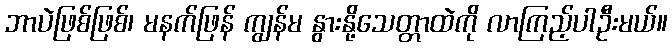
ဘာပဲဖြစ်ဖြစ်၊ မနက်ဖြန် ကျွန်မ နွားနို့သေတ္တာထဲကို လာကြည့်ပါဦးမယ်။